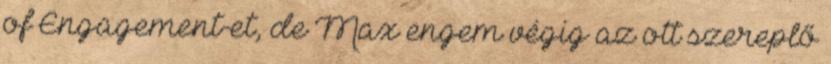
of Engagement-et, de Max engem végig az ott szereplő